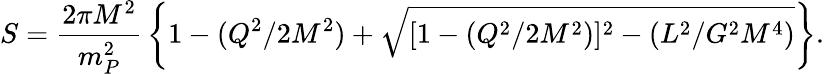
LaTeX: S={\frac{2\pi M^{2}}{m_{P}^{2}}}\left\{ 1-(Q^{2}/2M^{2})+\sqrt{[1-(Q^{2}/2M^{2})]^{2}-(L^{2}/G^{2}M^{4})}\right\} .